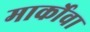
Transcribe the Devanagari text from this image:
मार्कोवा